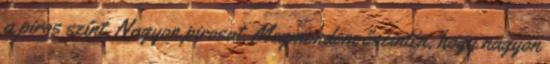
a piros színt. Nagyon pirosat. Megmondom őszintén, hogy nagyon